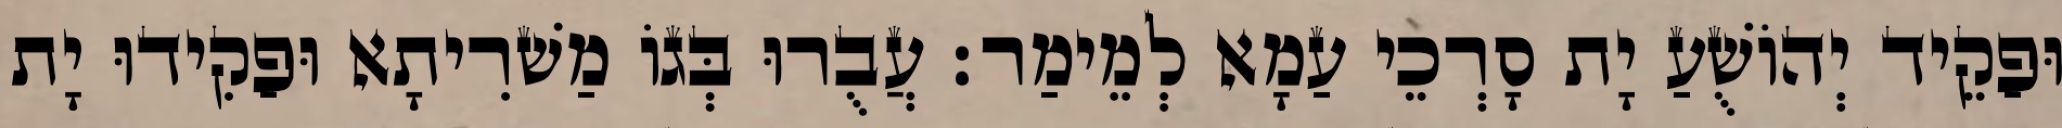
וּפַקֵיד יְהוֹשֻׁעַ יָת סָרְכֵי עַמָא לְמֵימַר׃ עֲבֻרוּ בְּגוֹ מַשׁרִיתָא וּפַקִידוּ יָת